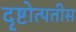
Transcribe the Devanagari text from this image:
दृष्टोत्पतीस